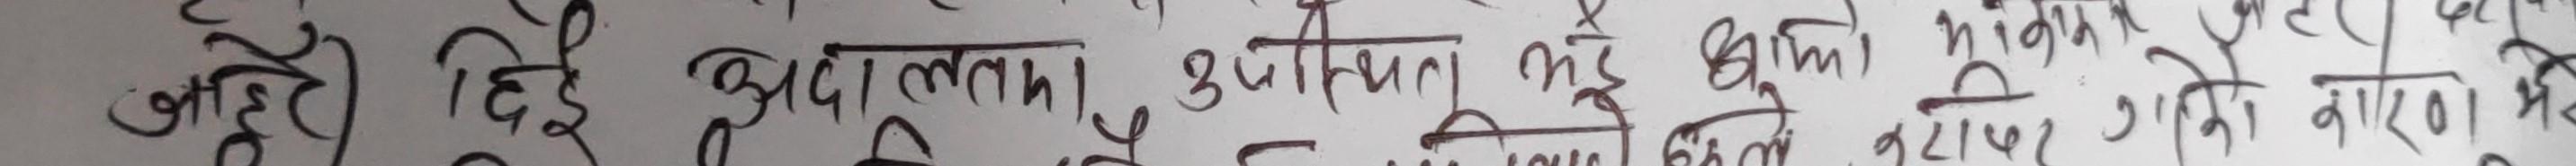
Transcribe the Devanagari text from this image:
जहाँ दिएँ अदालतका उपस्थित भई बयान लेखाउन आएको बारेमा